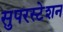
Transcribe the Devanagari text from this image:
सुपरस्टेशन